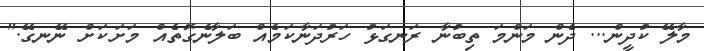
މާލޭ ކުދީން... ދެން މަންމަ ތިބުނާ ރަނގަޅު ހަރުދަނާކަމެއް ބަލާނެގޮތެއް މަށަކަށް ނޭނގޭ."